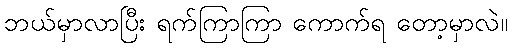
ဘယ်မှာလာပြီး ရက်ကြာကြာ ကောက်ရ တော့မှာလဲ။